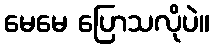
မေမေ ပြောသလိုပဲ။